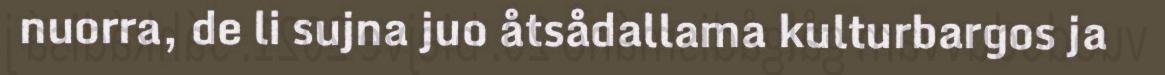
nuorra, de li sujna juo åtsådallama kulturbargos ja